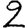
Digit: 2